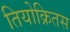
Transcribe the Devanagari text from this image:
तियोक्रितस